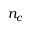
n _ { c }